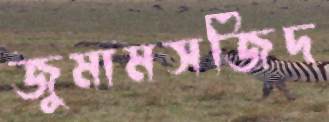
জুমামসজিদ